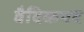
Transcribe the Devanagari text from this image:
वैदिकपद